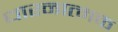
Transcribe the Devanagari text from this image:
धारनात्मक